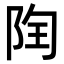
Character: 𨹋